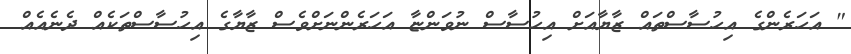
" އަހަރެންގެ އިހުސާސްތައް ޒާޔާއަށް އިހުސާސް ނުވަންޏާ އަހަރެންނަށްވެސް ޒާޔާގެ އިހުސާސްތަކެއް ދެނެއެއް